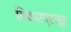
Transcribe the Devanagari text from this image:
विचारप्रसूत